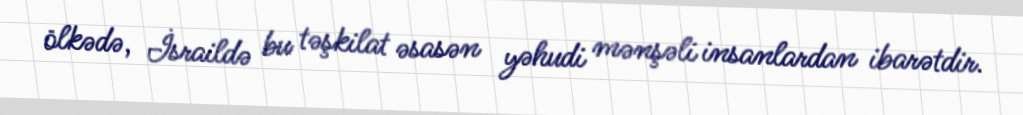
ölkədə, İsraildə bu təşkilat əsasən yəhudi mənşəli insanlardan ibarətdir.